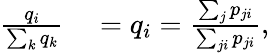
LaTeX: \begin{array}{rl}{\frac{q_{i}}{\sum_{k}q_{k}}}&{{}=q_{i}=\frac{\sum_{j}p_{ji}}{\sum_{ji}p_{ji}},}\end{array}